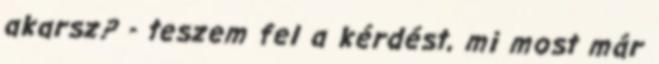
akarsz? - teszem fel a kérdést, mi most már